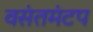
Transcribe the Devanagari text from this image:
वसंतमंटप